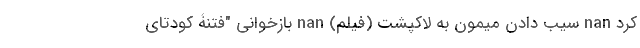
کرد nan سیب دادن میمون به لاکپشت (فیلم) nan بازخوانی "فتنۀ کودتای